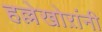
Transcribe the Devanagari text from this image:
हल्लेखोऱांनी